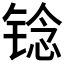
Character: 𫓻